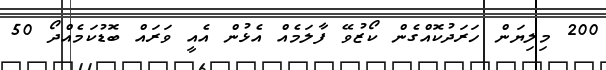
200 މިލިޔަން ހަރަދުކޮއްގެން ކޯޒުވޭ ފާލަމެއް އެޅުން އެއީ ވަރައް ބޮޑުކަމެއްދޯ 50